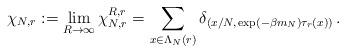
LaTeX: \begin{align*} \chi_{N,r} := \lim_{R \to \infty} \chi_{N,r}^{R,r} = \sum_{x \in \Lambda_N(r)} \delta_{(x/N,\, \exp(-\beta m_N) \tau_r(x))} \,. \end{align*}